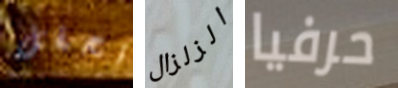
تحفل الزلزال حرفيا